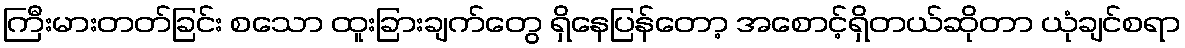
ကြီးမားတတ်ခြင်း စသော ထူးခြားချက်တွေ ရှိနေပြန်တော့ အစောင့်ရှိတယ်ဆိုတာ ယုံချင်စရာ